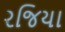
રજિયા